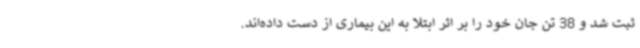
ثبت شد و 38 تن جان خود را بر اثر ابتلا به این بیماری از دست داده‌اند.